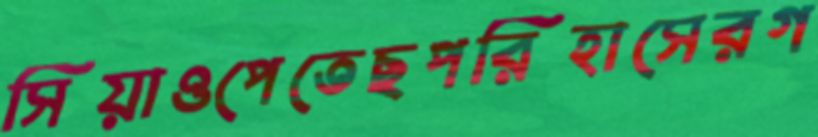
সিয়াওপেতেছপরিহাসেরগ